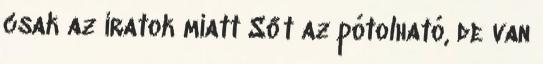
csak az iratok miatt Sőt az pótolható, de van